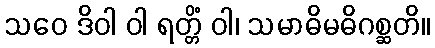
သဝေ ဒိဝါ ဝါ ရတ္တိံ ဝါ၊ သမာဓိမဓိဂစ္ဆတိ။